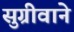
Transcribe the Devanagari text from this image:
सुग्रीवाने